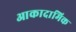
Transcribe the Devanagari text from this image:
आकादामिक